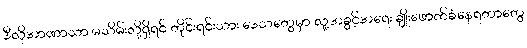
ဒီလိုအာဏာသာ မသိမ်းလို့ရှိရင် တိုင်းရင်းသား ဒေသတွေမှာ လူ့အခွင့်အရေး ချိုးဖောက်ခံနေရတာတွေ